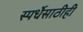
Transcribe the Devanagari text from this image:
स्पर्धेसाठीही